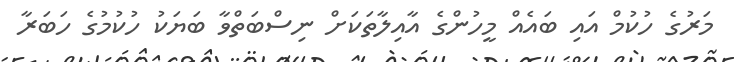
މަރުގެ ހުކުމް އައި ބައެއް މީހުންގެ އާއިލާތަކަށް ނިސްބަތްވާ ބަޔަކު ހުކުމުގެ ހަބަރާ